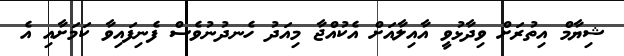
ޝިޔާމް އިތުރަށް ވިދާޅުވީ އާއިލާއަށް އެކުއްޖާ މިއަދު ހެނދުނުވެސް ފެނިފައިވާ ކަމަށާއި އެ